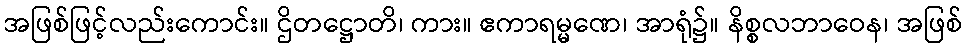
အဖြစ်ဖြင့်လည်းကောင်း။ ဌိတဋ္ဌောတိ၊ ကား။ ဧကာရမ္မဏေ၊ အာရုံ၌။ နိစ္စလဘာဝေန၊ အဖြစ်